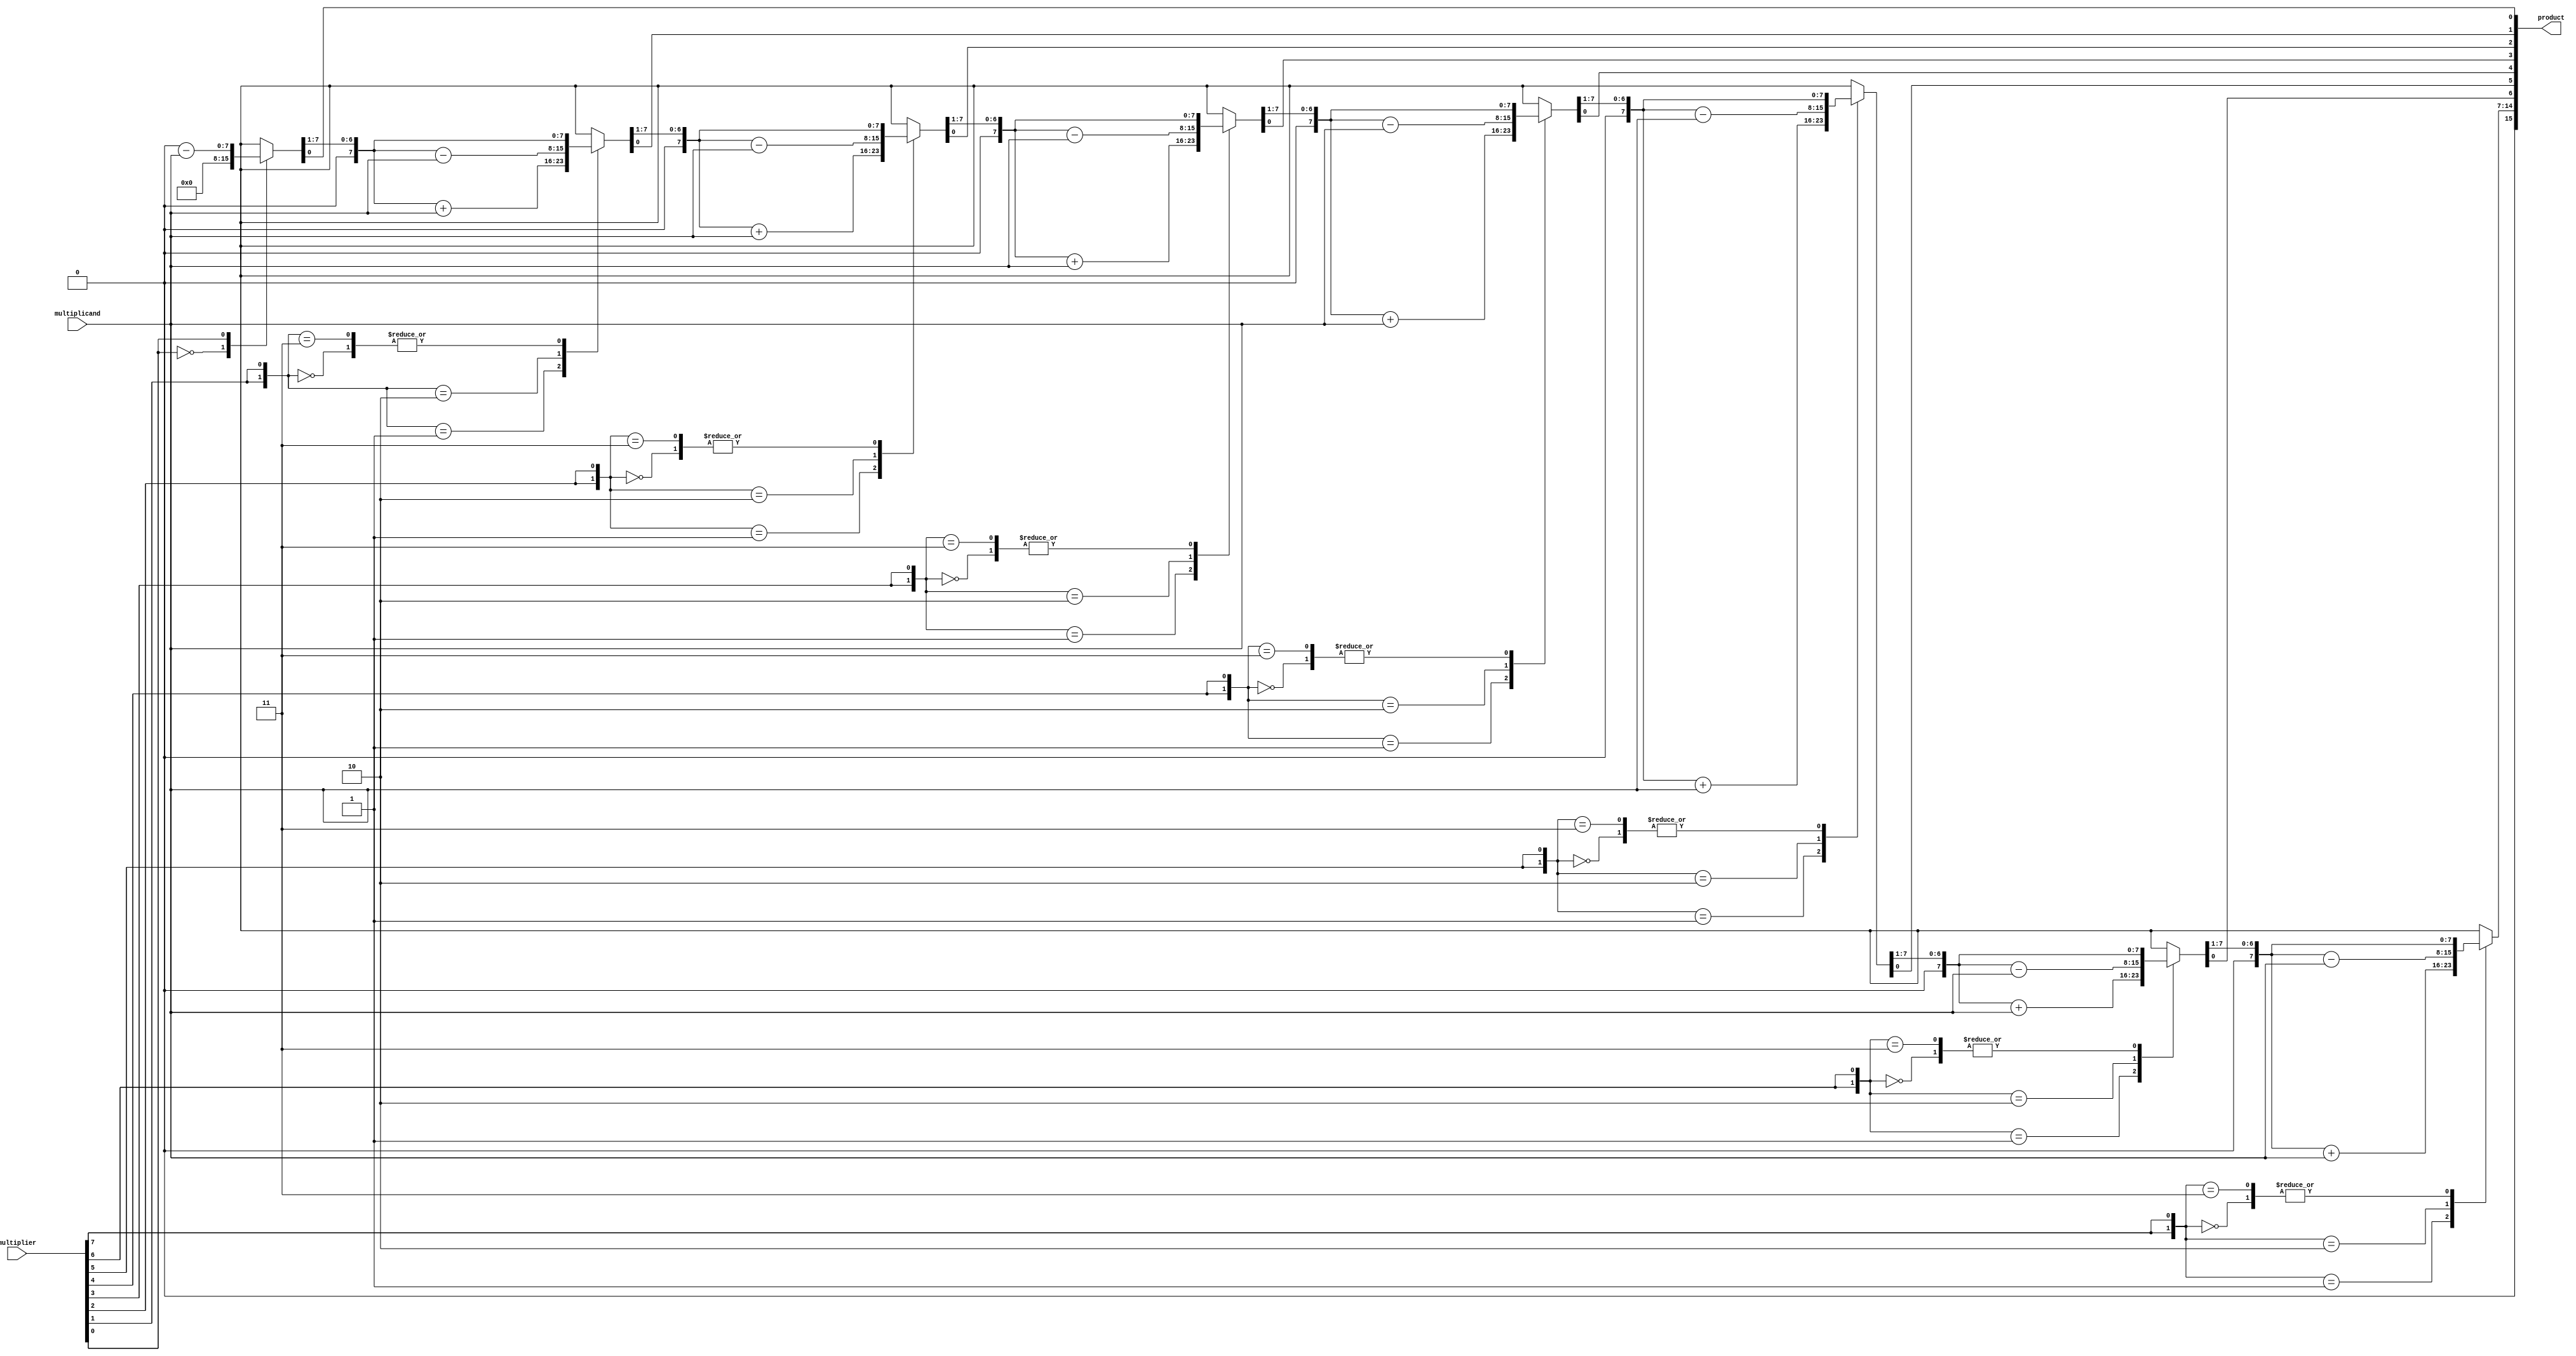
module modified_booth_multiplier (
    input signed [N-1:0] multiplicand,
    input signed [N-1:0] multiplier,
    output reg signed [2*N-1:0] product
);
    parameter N = 8; // Bit width of the inputs

    reg signed [N-1:0] A; // Accumulator
    reg signed [N-1:0] Q; // Multiplier
    reg signed [N-1:0] M; // Multiplicand
    reg Q_1; // Previous bit of Q
    integer i;

    always @(*) begin
        // Initialize registers
        A = 0;
        Q = multiplier;
        M = multiplicand;
        Q_1 = 0; // Initialize previous bit of Q
        product = 0;

        // Booth's algorithm
        for (i = 0; i < N; i = i + 1) begin
            case ({Q[0], Q_1})
                2'b00: begin
                    // No operation
                end
                2'b01: begin
                    // Add multiplicand
                    A = A + M;
                end
                2'b10: begin
                    // Subtract multiplicand
                    A = A - M;
                end
                2'b11: begin
                    // No operation
                end
            endcase

            // Shift A and Q right
            {A, Q} = {A, Q} >> 1;
            Q_1 = Q[0]; // Update Q_1 to the current least significant bit of Q
        end

        // Combine A and Q to get the final product
        product = {A, Q};
    end
endmodule